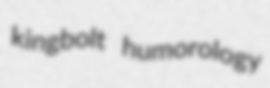
kingbolt humorology